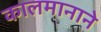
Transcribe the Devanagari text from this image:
कालमानाने